Statistical return of the lunatic asylum in Assam - 1912-1932
Year: 1912
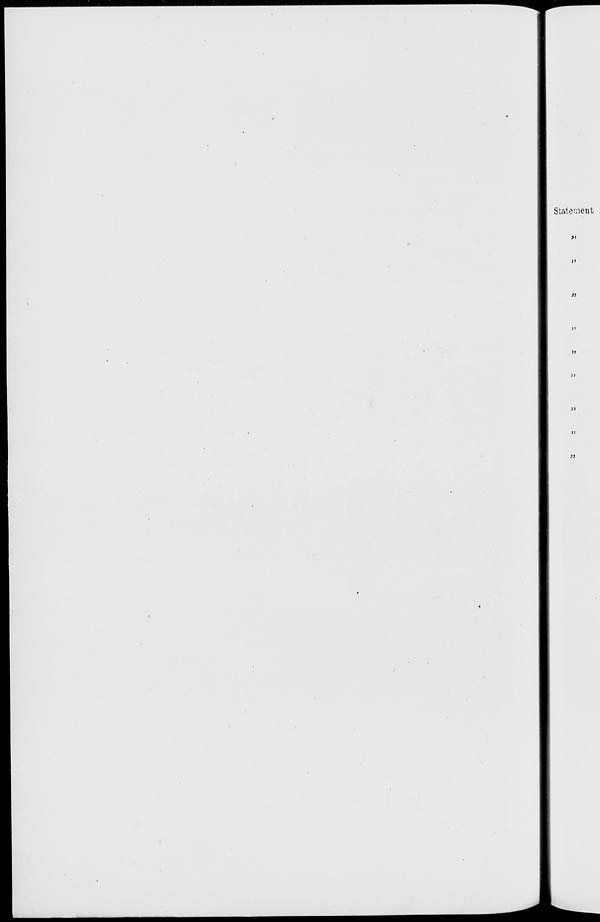
Statement
)>
»
H
I)
»
)i